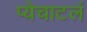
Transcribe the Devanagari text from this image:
प्येचाटलं